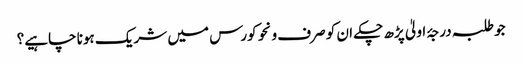
جو طلبہ درجۂ اولیٰ پڑھ چکے ان کو صرف ونحو کورس میں شریک ہونا چاہیے؟